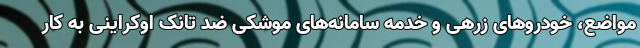
مواضع، خودروهای زرهی و خدمه سامانه‌های موشکی ضد تانک اوکراینی به کار